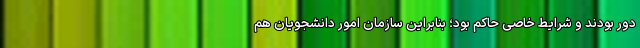
دور بودند و شرایط خاصی حاکم بود؛ بنابراین سازمان امور دانشجویان هم